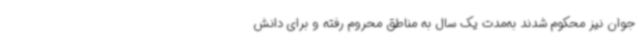
جوان نیز محکوم شدند به‌مدت یک سال به مناطق محروم رفته و برای دانش